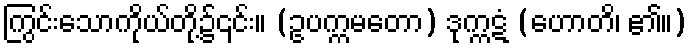
ကြွင်းသောကိုယ်တို့၌၎င်း။ (ဥပက္ကမတော) ဒုက္ကဋံ (ဟောတိ၊ ၏။)